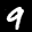
Label: 9